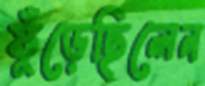
ফুঁড়েছিলেন